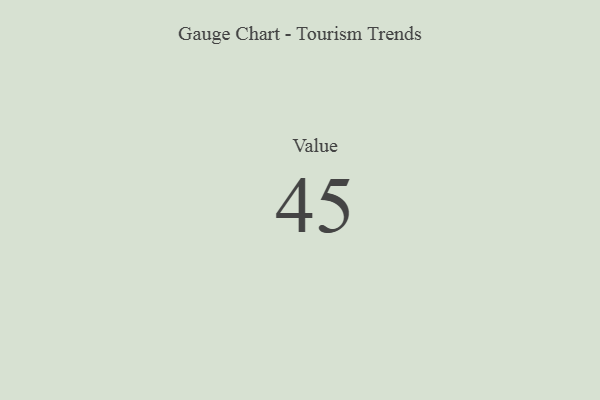
{"axis": {"x": "Metric", "y": "Value"}, "legend": [""], "data": [{"x": "Value", "y": 45, "type": ""}]}